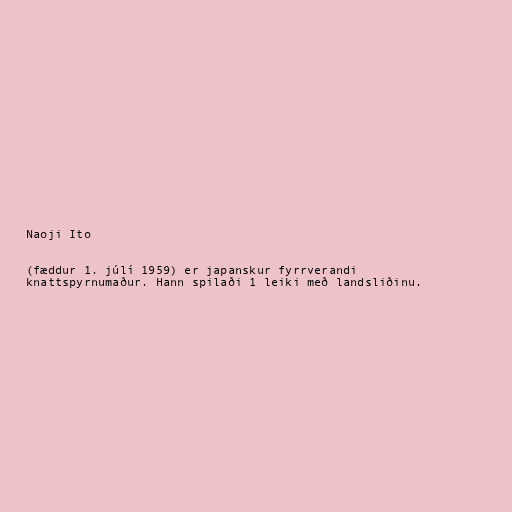
Naoji Ito

(fæddur 1. júlí 1959) er japanskur fyrrverandi
knattspyrnumaður. Hann spilaði 1 leiki með landsliðinu.